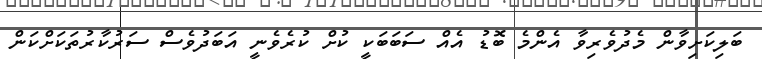
ބަލިކަށިވާން މެދުވެރިވާ އެންމެ ބޮޑު އެއް ސަބަބަކީ ކުށް ކުރެވެނީ އަބަދުވެސް ސަރުކާރުތަކަށްކަން